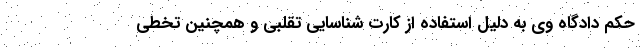
حکم دادگاه وی به دلیل استفاده از کارت شناسایی تقلبی و همچنین تخطی